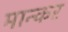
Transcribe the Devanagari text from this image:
मान्कर